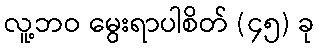
လူ့ဘဝ မွေးရာပါစိတ် (၄၅) ခု